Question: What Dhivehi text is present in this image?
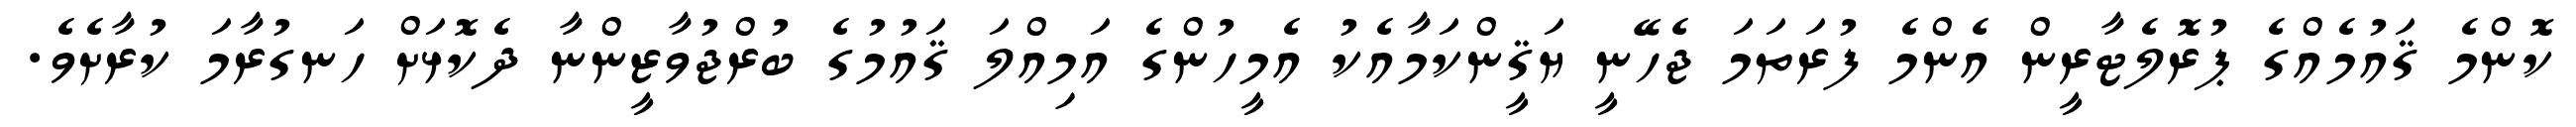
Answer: ކޮންމެ ޤައުމެއްގެ ޕުރޮލެޓާރީން އެންމެ ފުރަތަމަ ޖެހޭނީ ޔަޤީންކަމާއެކު އެމީހުންގެ އަމިއްލަ ޤައުމުގެ ބުރްޖުވާޒީންނާ ދެކޮޅަށް ހަނގުރާމަ ކުރާށެވެ.